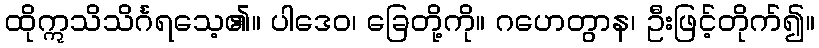
ထိုဣသိသိင်္ဂရသေ့၏။ ပါဒေဝ၊ ခြေတို့ကို။ ဂဟေတွာန၊ ဦးဖြင့်တိုက်၍။